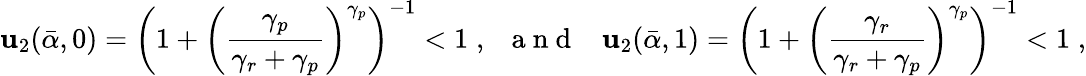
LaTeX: \mathbf{u}_{2}(\bar{{\alpha}},0)=\left(1+\left(\frac{{\gamma_{p}}}{{\gamma_{r}+\gamma_{p}}}\right)^{\gamma_{p}}\right)^{-1}<1\; ,\; \; {\mathrm{{~a~n~d~}}}\; \; \; \mathbf{u}_{2}(\bar{{\alpha}},1)=\left(1+\left(\frac{{\gamma_{r}}}{{\gamma_{r}+\gamma_{p}}}\right)^{\gamma_{p}}\right)^{-1}<1\; ,